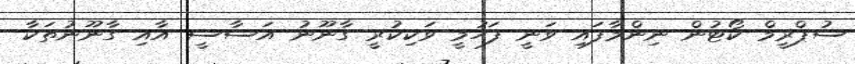
ސުޕްރީމް ކޯޓުން ނިންމާފައި ވަނީ ފަހުމީ ވަކިކުރީ ގާނޫނު އަސާސީ އާއި ގާނޫނުތަކާ